Report on the nature of kala-azar
Disease focus: Kala-Azar
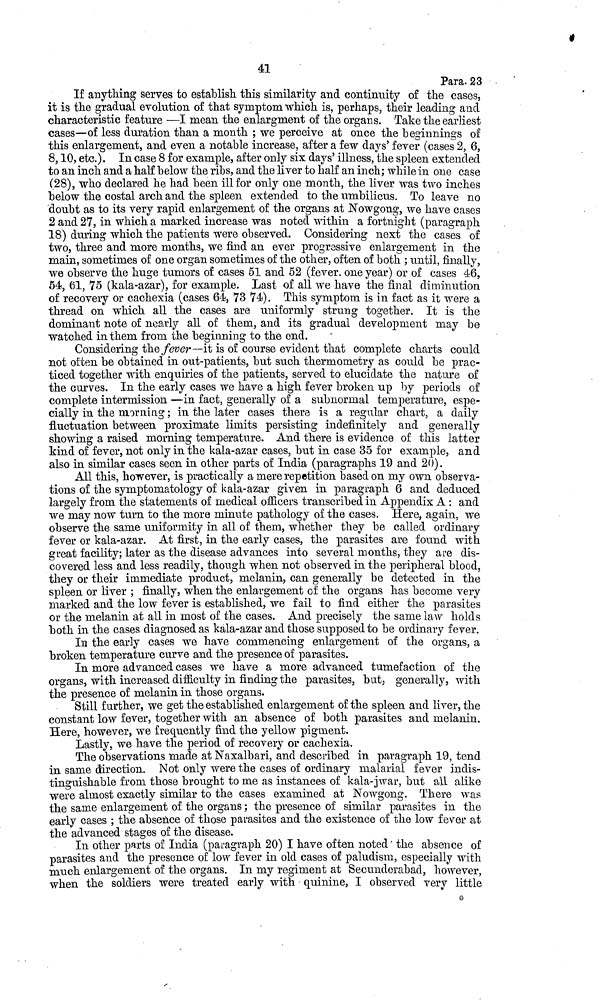
41
Para. 23
If anything serves to establish this similarity and continuity of the cases,
it is the gradual evolution of that symptom which is, perhaps, their leading and
characteristic feature —I mean the enlargment of the organs. Take the earliest
cases—of less duration than a month ; we perceive at once the beginnings of
this enlargement, and even a notable increase, after a few days' fever (cases 2, 6,
8, 10, etc.). In case 8 for example, after only six days' illness, the spleen extended
to an inch and a half below the ribs, and the liver to half an inch; while in one case
(28), who declared he had been ill for only one month, the liver was two inches
below the costal arch and the spleen extended to the umbilicus. To leave no
'doubt as to its very rapid enlargement of the organs at Nowgong, we have cases
2 and 27, in which a marked increase was noted within a fortnight (paragraph
18) during which the patients were observed. Considering next the cases of
two, three and more months, we find an ever progressive enlargement in the
main, sometimes of one organ sometimes of the other, often of both ; until, finally,
we observe the huge tumors of cases 51 and 52 (fever, one year) or of cases 46,
54, 61, 75 (kala-azar), for example. Last of all we have the final diminution
of recovery or cachexia (cases 64, 73 74). This symptom is in fact as it were a
thread on which all the cases are uniformly strung together. It is the
dominant note of nearly all of them, and its gradual development may be
watched in them from the beginning to the end.
Considering the fever —it is of course evident that complete charts could
not often be obtained in out-patients, but such thermometry as could be prac-
ticed together with enquiries of the patients, served to elucidate the nature of
the curves. In the early cases we have a high fever broken up by periods of
complete intermission —in fact, generally of a subnormal temperature, espe-
cially in the morning ; in the later cases there is a regular chart, a daily
fluctuation between proximate limits persisting indefinitely and generally
showing a raised morning temperature. And there is evidence of this latter
kind of fever, not only in the kala-azar cases, but in case 35 for example, and
also in similar cases seen in other parts of India (paragraphs 19 and 20).
All this, however, is practically a mere repetition based on my own observa-
tions of the symptomatology of kala-azar given in paragraph 6 and deduced
largely from the statements of medical officers transcribed in Appendix A : and
we may now turn to the more minute pathology of the cases. Here, again, we
observe the same uniformity in all of them, whether they be called ordinary
fever or kala-azar. At first, in the early cases, the parasites are found with
great facility; later as the disease advances into several months, they are dis-
covered less and less readily, though when not observed in the peripheral blood,
they or their immediate product, melanin, can generally be detected in the
spleen or liver ; finally, when the enlargement of the organs has become very
marked and the low fever is established, we fail to find either the parasites
or the melanin at all in most of the cases. And precisely the same law holds
both in the cases diagnosed as kala-azar and those supposed to be ordinary fever.
In the early cases we have commencing enlargement of the organs, a
broken temperature curve and the presence of parasites.
In more advanced cases we have a more advanced tumefaction of the
organs, with increased difficulty in finding the parasites, but, generally, with
the presence of melanin in those organs.
Still further, we get the established enlargement of the spleen and liver, the
constant low fever, together with an absence of both parasites and melanin.
Here, however, we frequently find the yellow pigment.
Lastly, we have the period of recovery or cachexia.
The observations made at Naxalbari, and described in paragraph 19, tend
in same direction. Not only were the cases of ordinary malarial fever indis-
tinguishable from those brought to me as instances of kala-jwar, but all alike
were almost exactly similar to the cases examined at Nowgong. There was
the same enlargement of the organs ; the presence of similar parasites in the
early cases ; the absence of those parasites and the existence of the low fever at
the advanced stages of the disease-
In other parts of India (paragraph 20) I have often noted the absence of
parasites and the presence of low fever in old cases of paludism, especially with
much enlargement of the organs. In my regiment at Secunderabad, however,
when the soldiers were treated early with quinine, I observed very little
G